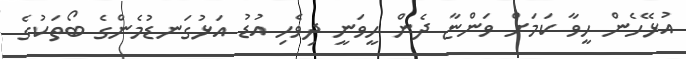
އުޅޭހެން ހީވާ ކަމަށް ވަންޏާ ދެން ހީވަނީ ދިވެހި އުޑު އަޅުގަނޑުމެންގެ ބޯތަކުގެ